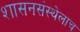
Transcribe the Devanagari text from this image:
शासनसंस्थेलाच